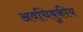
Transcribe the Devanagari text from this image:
अवचिबुकीय